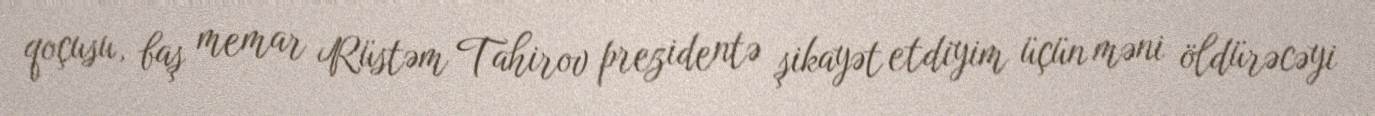
qoçusu, baş memar Rüstəm Tahirov prezidentə şikayət etdiyim üçün məni öldürəcəyi